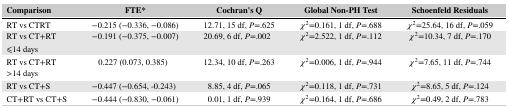
<table><thead><tr><td><b>Comparison</b></td><td><b>FTE*</b></td><td><b>Cochran&#x27;s Q</b></td><td><b>Global Non‐PH Test</b></td><td><b>Schoenfeld Residuals</b></td></tr></thead><tbody><tr><td>RT vs CTRT</td><td>−0.215 (−0.336, −0.086)</td><td>12.71, 15 df, P=.625</td><td>χ<sup>2</sup>=0.161, 1 df, P=.688</td><td>χ<sup>2</sup>=25.64, 16 df, P=.059</td></tr><tr><td>RT vs CT+RT</td><td>−0.191 (−0.375, −0.007)</td><td>20.69, 6 df, P=.002</td><td>χ<sup>2</sup>=2.522, 1 df, P=.112</td><td>χ<sup>2</sup>=10.34, 7 df, P=.170</td></tr><tr><td>⩽14 days</td><td></td><td></td><td></td><td></td></tr><tr><td>RT vs CT+RT</td><td>0.227 (0.073, 0.385)</td><td>12.34, 10 df, P=.263</td><td>χ<sup>2</sup>=0.006, 1 df, P=.944</td><td>χ<sup>2</sup>=7.65, 11 df, P=.744</td></tr><tr><td>&gt;14 days</td><td></td><td></td><td></td><td></td></tr><tr><td>RT vs CT+S</td><td>−0.447 (−0.654, ‐0.243)</td><td>8.85, 4 df, P=.065</td><td>χ<sup>2</sup>=0.118, 1 df, P=.731</td><td>χ<sup>2</sup>=8.65, 5 df, P=.124</td></tr><tr><td>CT+RT vs CT+S</td><td>−0.444 (−0.830, −0.061)</td><td>0.01, 1 df, P=.939</td><td>χ<sup>2</sup>=0.164, 1 df, P=.686</td><td>χ<sup>2</sup>=0.49, 2 df, P=.783</td></tr></tbody></table>